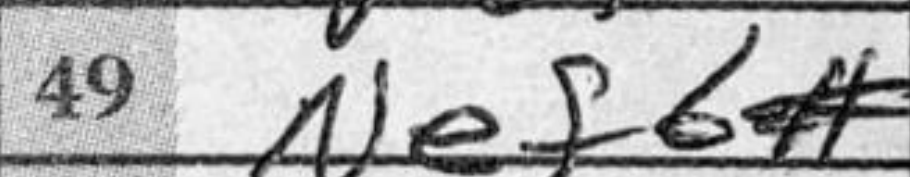
Transcription: Nef6#